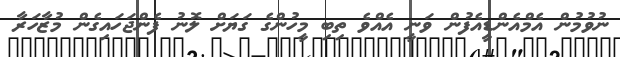
ނުވުމުން އެމްއެންޑީއެފުން ވަނީ އެއްވެ ތިބި މީހުންގެ ގަޔަށް ލޮނު ފެންޖަހައިގެން މުޒާހަރާ